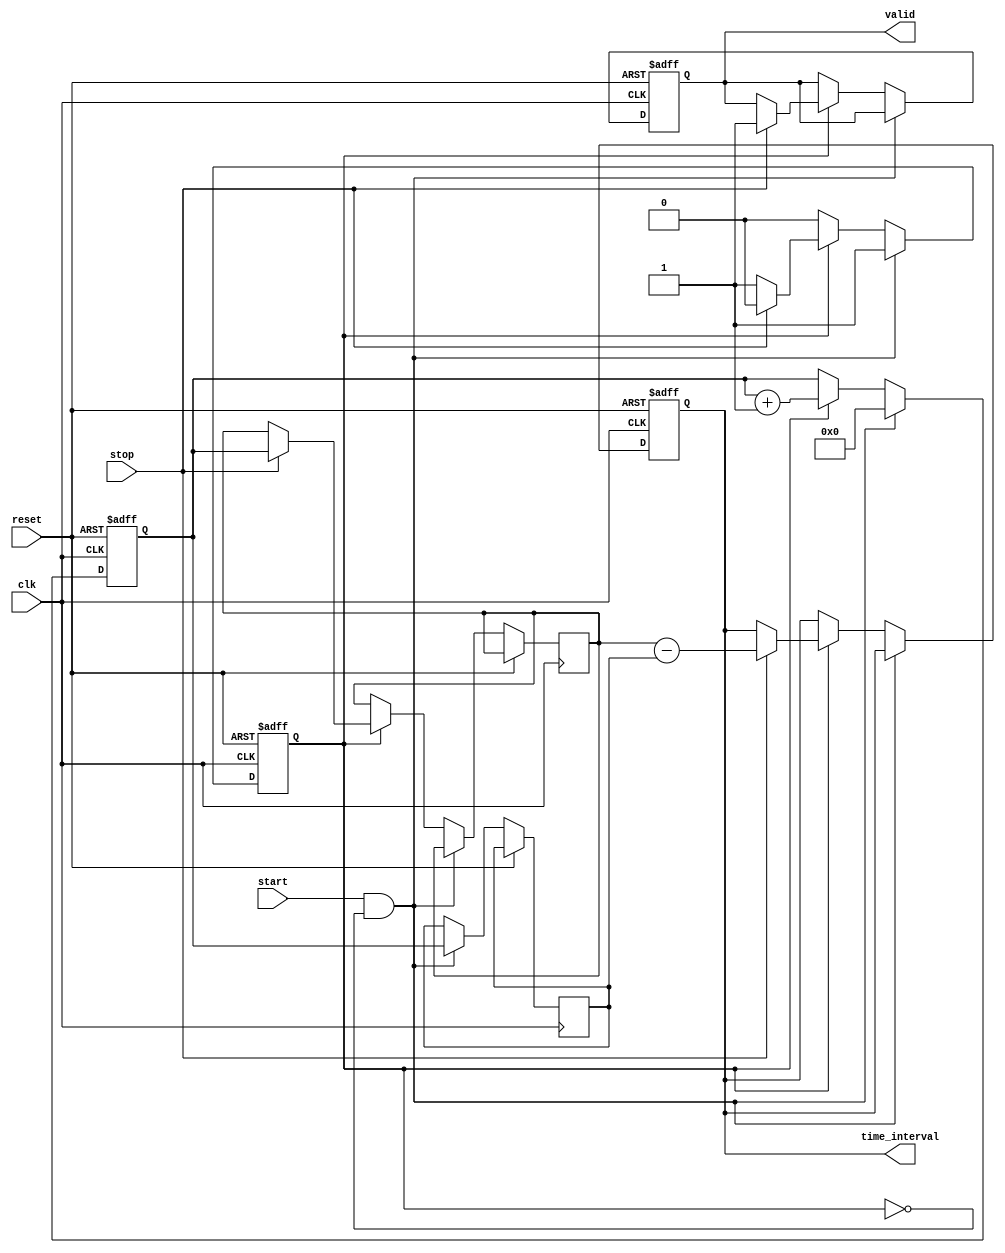
module SingleShotTDC (
    input wire clk,          // High-frequency clock
    input wire reset,        // Asynchronous reset
    input wire start,        // Start signal
    input wire stop,         // Stop signal
    output reg [31:0] time_interval, // Output time interval
    output reg valid         // Output valid signal
);

    // Memory array to store timestamps
    reg [31:0] memory [0:1]; // 2 entries: [0] for start, [1] for stop
    reg [31:0] counter;       // Counter for clock cycles
    reg capturing;            // State to indicate capturing mode

    // Asynchronous reset and capturing logic
    always @(posedge clk or posedge reset) begin
        if (reset) begin
            counter <= 32'b0;
            capturing <= 1'b0;
            valid <= 1'b0;
            time_interval <= 32'b0;
        end else begin
            if (start && !capturing) begin
                // Start capturing
                capturing <= 1'b1;
                counter <= 32'b0; // Reset counter
                memory[0] <= counter; // Store start time
            end else if (capturing) begin
                counter <= counter + 1; // Increment counter
                if (stop) begin
                    // Stop capturing
                    capturing <= 1'b0;
                    memory[1] <= counter; // Store stop time
                    // Calculate time interval
                    time_interval <= memory[1] - memory[0];
                    valid <= 1'b1; // Indicate valid output
                end
            end
        end
    end

endmodule